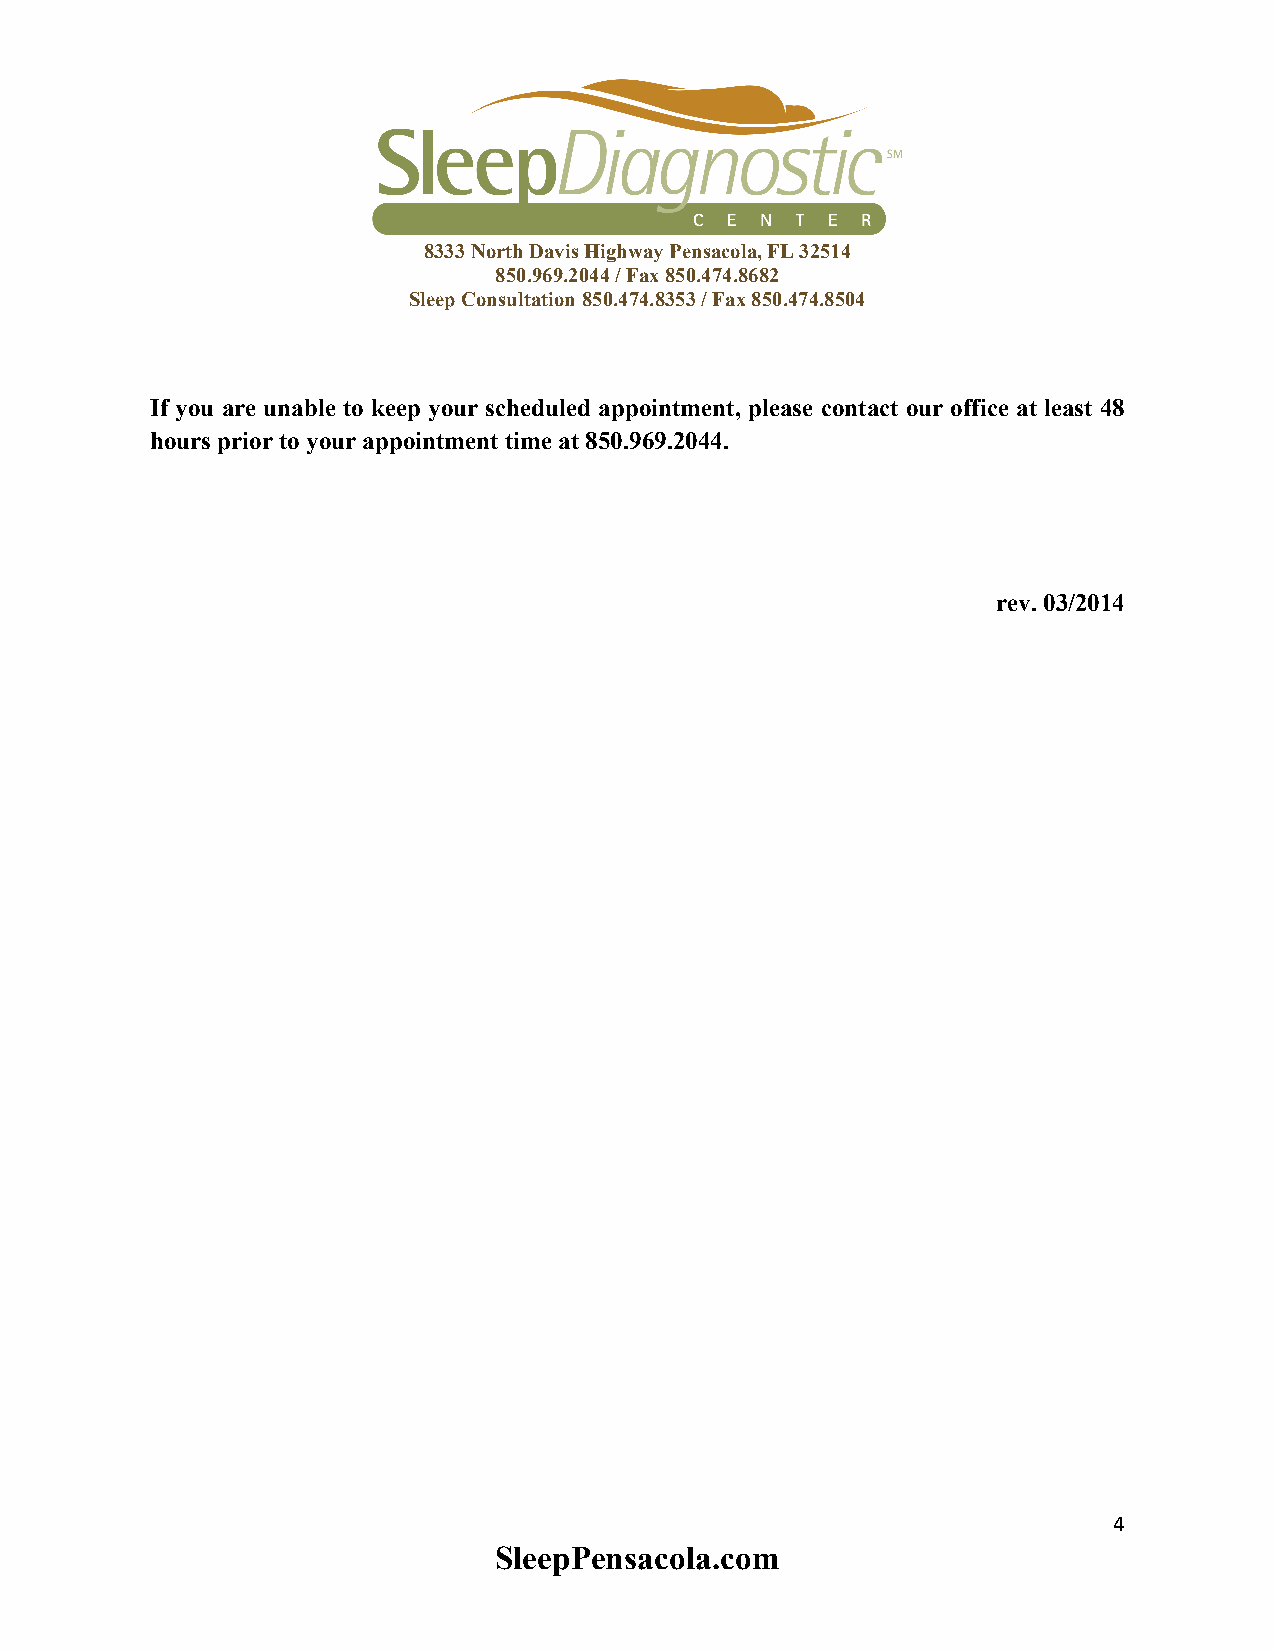
8333 North Davis Highway Pensacola, FL 32514
 850.969.2044 / Fax 850.474.8682
 Sleep Consultation 850.474.8353 / Fax 850.474.8504
 If you are unable to keep your scheduled appointment, please contact our office at least 48
 hours prior to your appointment time at 850.969.2044.
 rev. 03/2014
 4
 SleepPensacola.com